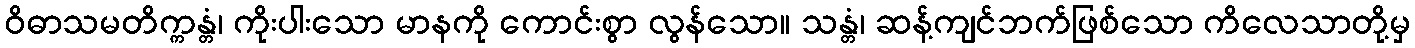
ဝိဓာသမတိက္ကန္တံ၊ ကိုးပါးသော မာနကို ကောင်းစွာ လွန်သော။ သန္တံ၊ ဆန့်ကျင်ဘက်ဖြစ်သော ကိလေသာတို့မှ